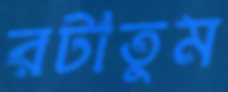
রটাতুম